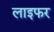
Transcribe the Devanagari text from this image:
लाइफर